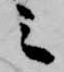
之